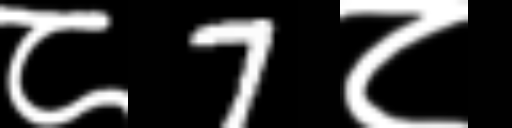
Text: ८7८